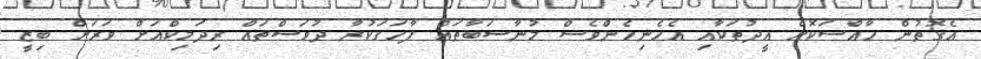
އެގޮތުން ހާއްސަކޮށް އީދުތަކާއި އެހެނިހެންވެސް މުނާސަބާތައް ފާހަގަކުރާ ދުވަސްތައް ރިދަމިކްއަށް ވަރަށް ބިޒީ